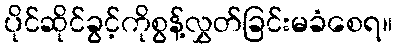
ပိုင်ဆိုင်ခွင့်ကိုစွန့်လွှတ်ခြင်းမခံစေရ။